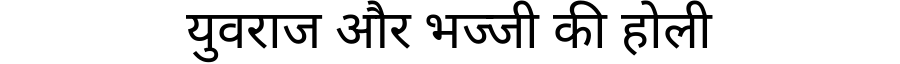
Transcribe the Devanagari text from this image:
युवराज और भज्जी की होली